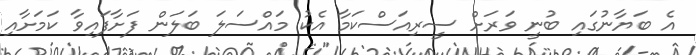
އެ ބަޔާނުގައި ބުނީ ވަރަށް ސީރިއަސްކަމާ އެކު މައްސަލަ ބަލަން ފަށާފައިވާ ކަމަށާއި